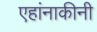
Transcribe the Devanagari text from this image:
एहांनाकीनी